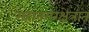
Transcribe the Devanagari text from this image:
महानगरक्षेत्रात